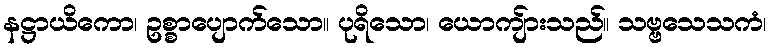
နဋ္ဌာယိကော၊ ဥစ္စာပျောက်သော။ ပုရိသော၊ ယောကျ်ားသည်။ သဗ္ဗသေသကံ၊